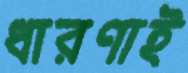
ধারণাই